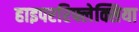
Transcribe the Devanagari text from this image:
हाइपररिफ्लेक्सिया